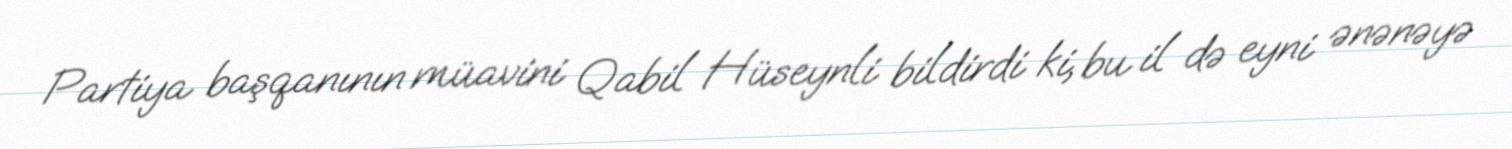
Partiya başqanının müavini Qabil Hüseynli bildirdi ki, bu il də eyni ənənəyə